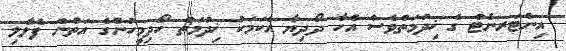
އިންޓަރނެޓް ގެ ޚިދުމަތްވެސް އެހާ ދޯދިޔާ އެކަމަކު ޚިދުމަތް ހޯދިމީހުންގެ އަތުން ފެލާލި